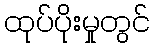
ထုပ်ပိုးမှုတွင်